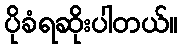
ပိုခံရဆိုးပါတယ်။